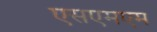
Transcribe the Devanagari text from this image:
एसएमएम